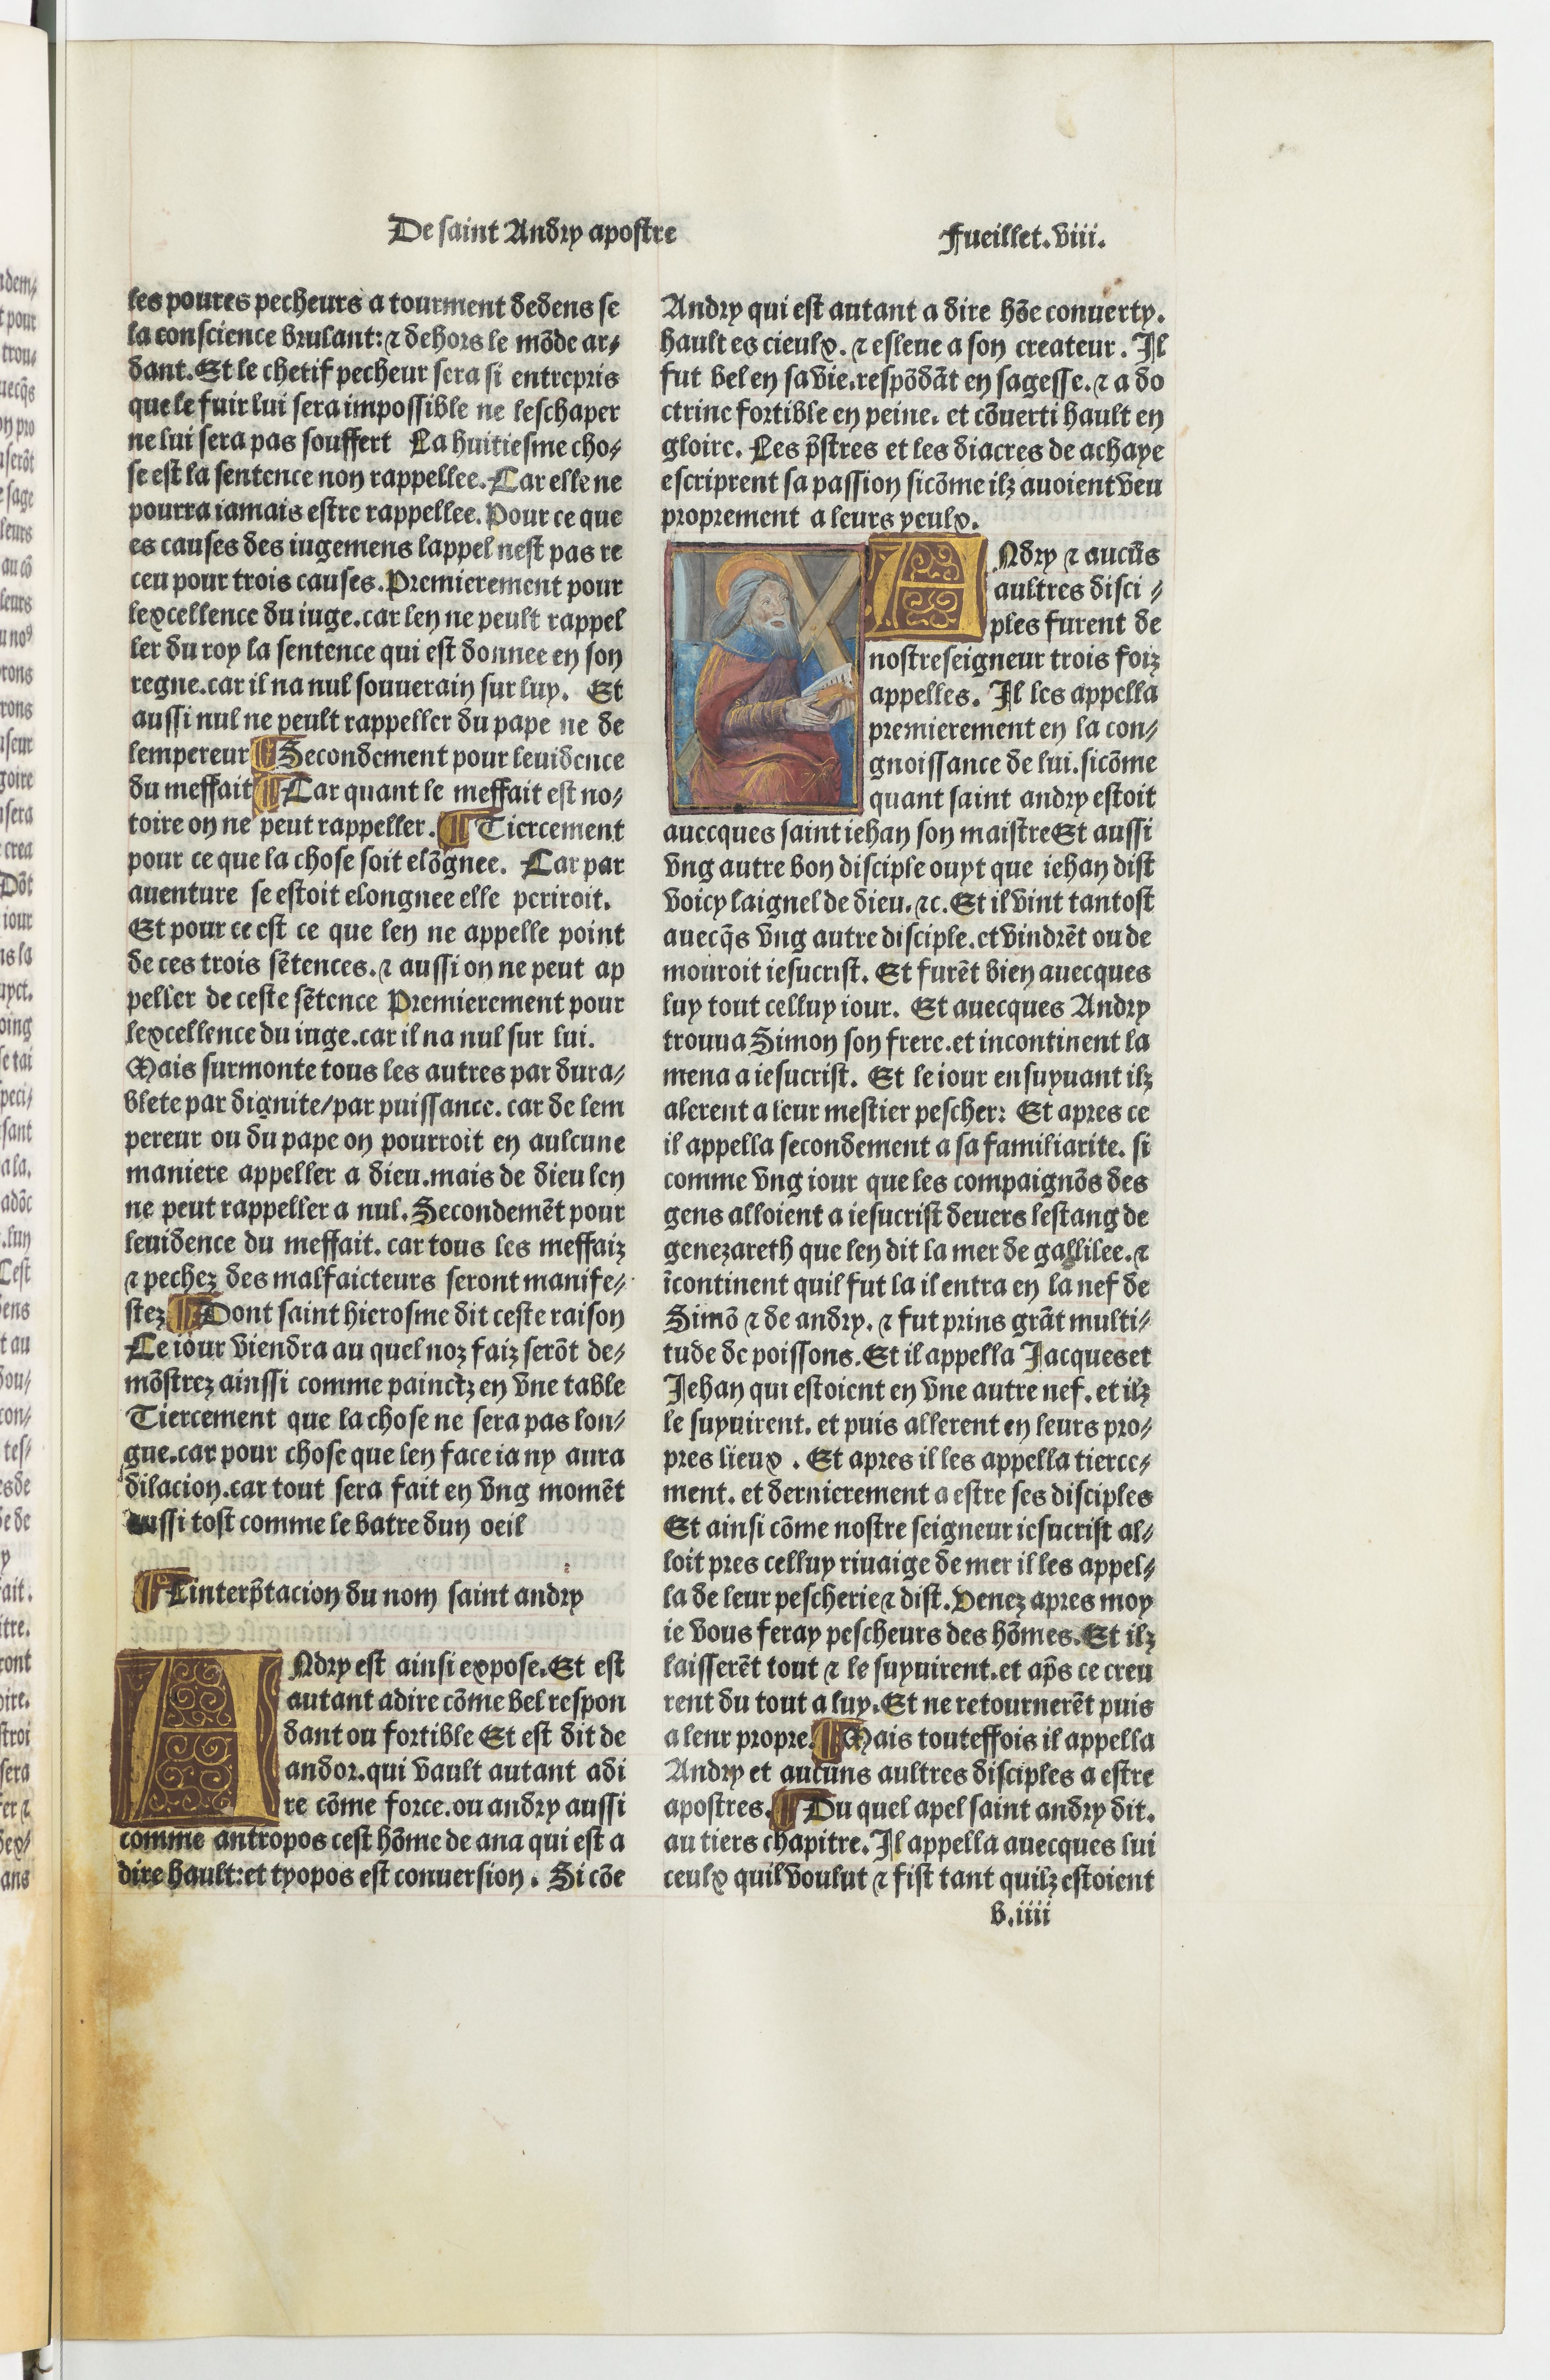
Shelfmark: Paris, BnF, Velins 690
Century: 15